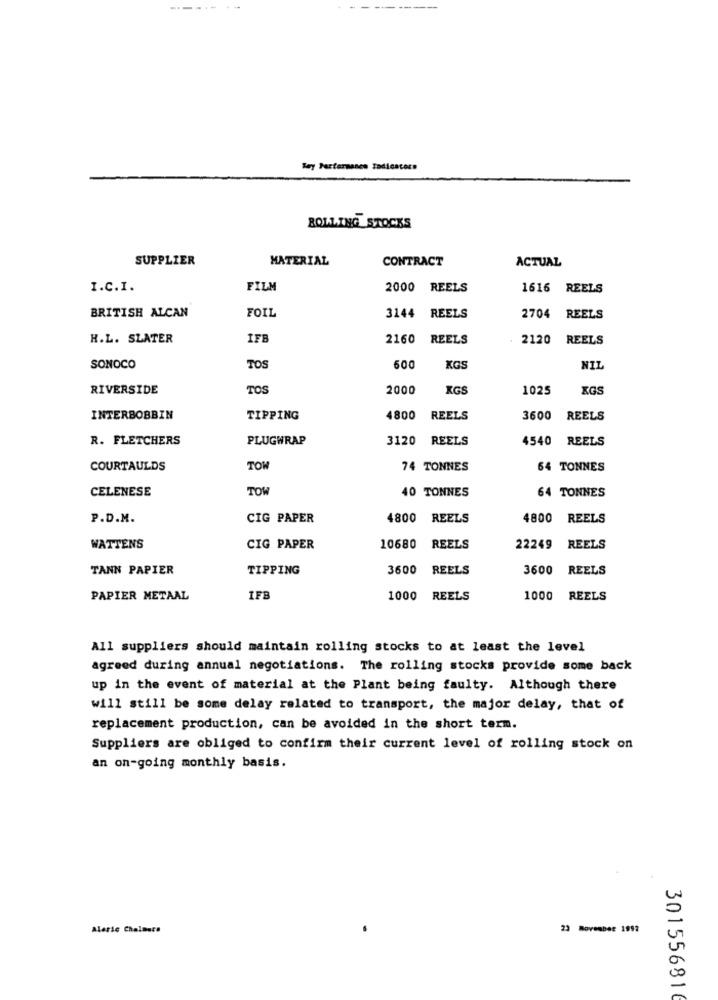
Bey Partermanes Tadicacers
ROLLING STOCKS
SUPPLIER
MATERIAL
CONTRACT
ACTUAL
I.C.I.
FILM
2000
REELS
1616 REELS
3144
BRITISH ALCAN
FOIL
REELS
2704 REELS
H.L. SLATER
IFE
2160
REELS
2120 REELS
SONOCO
TOS
600
KGS
NIL
RIVERSIDE
TOS
2000
KGS
1025
KGS
INTERBOBBIN
TIPPING
4800
REELS
3600
REELS
R. FLETCHERS
PLUGWRAP
3120
REELS
4540
REELS
COURTAULDS
TOW
74 TONNES
64 TONNES
CELENESE
TOW
40 TONNES
64 TONNES
P.D.M.
CIG PAPER
4800
REELS
4800 REELS
WATTENS
CIG PAPER
10680
REELS
22249
REELS
TANN PAPIER
TIPPING
3600
REELS
3600
REELS
PAPIER METAAL
IFB
1000
REELS
1000
REELS
All suppliers should maintain rolling stocks to at least the level
agreed during annual negotiations. The rolling stocks provide some back
up in the event of material at the Plant being faulty. Although there
will still be some delay related to transport, the major delay, that of
replacement production, can be avoided in the short term.
Suppliers are obliged to confirm their current level of rolling stock on
an on-going monthly basis.
Aleric Chalmers
23 November 1992
301556816